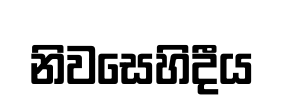
නිවසෙහිදීය